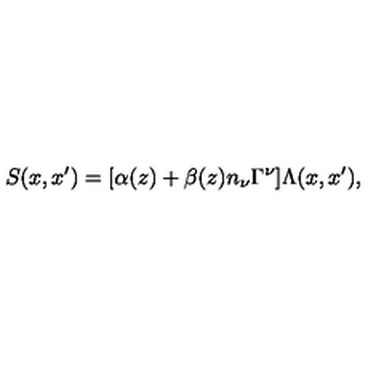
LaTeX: S ( x , x ^ { \prime } ) = [ \alpha ( z ) + \beta ( z ) n _ { \nu } \Gamma ^ { \nu } ] \Lambda ( x , x ^ { \prime } ) ,